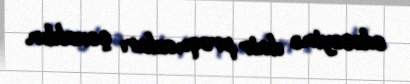
edəcəyinə dair proqnozları çoxaldır.